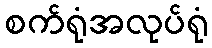
စက်ရုံအလုပ်ရုံ